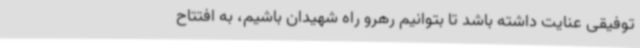
توفیقی عنایت داشته باشد تا بتوانیم رهرو راه شهیدان باشیم، به افتتاح